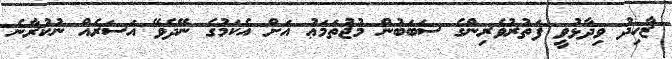
ޒާހިދު ވިދާޅުވީ ފަތުރުވެރިންގެ ސަބަބުން މުޖުތަމަޢު އަށް އެކަމުގެ ނޭދެވޭ އަސަރެއް ނުކުރާނެ